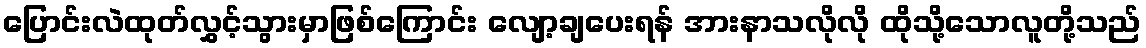
ပြောင်းလဲထုတ်လွှင့်သွားမှာဖြစ်ကြောင်း လျော့ချပေးရန် အားနာသလိုလို ထိုသို့သောလူတို့သည်